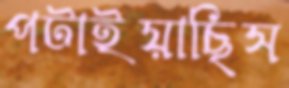
পটাইয়াছিস